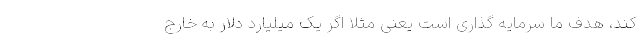
کند، هدف ما سرمایه گذاری است یعنی مثلا اگر یک میلیارد دلار به خارج